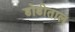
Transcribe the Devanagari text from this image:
डोडीताल